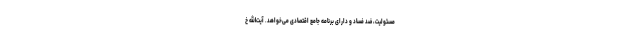
مسئولیت، ضد فساد و دارای برنامه جامع اقتصادی می‌خواهد. آیت‌الله خ